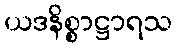
ယဒနိစ္စာဋ္ဌာရသ